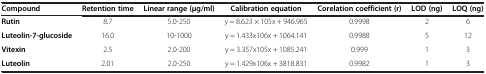
| Compound | Retention time | Linear range (μg/ml) | Calibration equation | Corelation coefficient (r) | LOD (ng) | LOQ (ng) |
 | --- | --- | --- | --- | --- | --- | --- |
 | Rutin | 8.7 | 5.0-250 | y = 8.623 × 105x + 946.965 | 0.9998 | 2 | 6 |
 | Luteolin-7-glucoside | 16.0 | 10-1000 | y = 1.433x106x + 1064.141 | 0.9988 | 5 | 12 |
 | Vitexin | 2.5 | 2.0-200 | y = 3.357x105x + 1085.241 | 0.999 | 1 | 3 |
 | Luteolin | 2.01 | 2.0-250 | y = 1.429x106x + 3818.831 | 0.9982 | 1 | 3 |